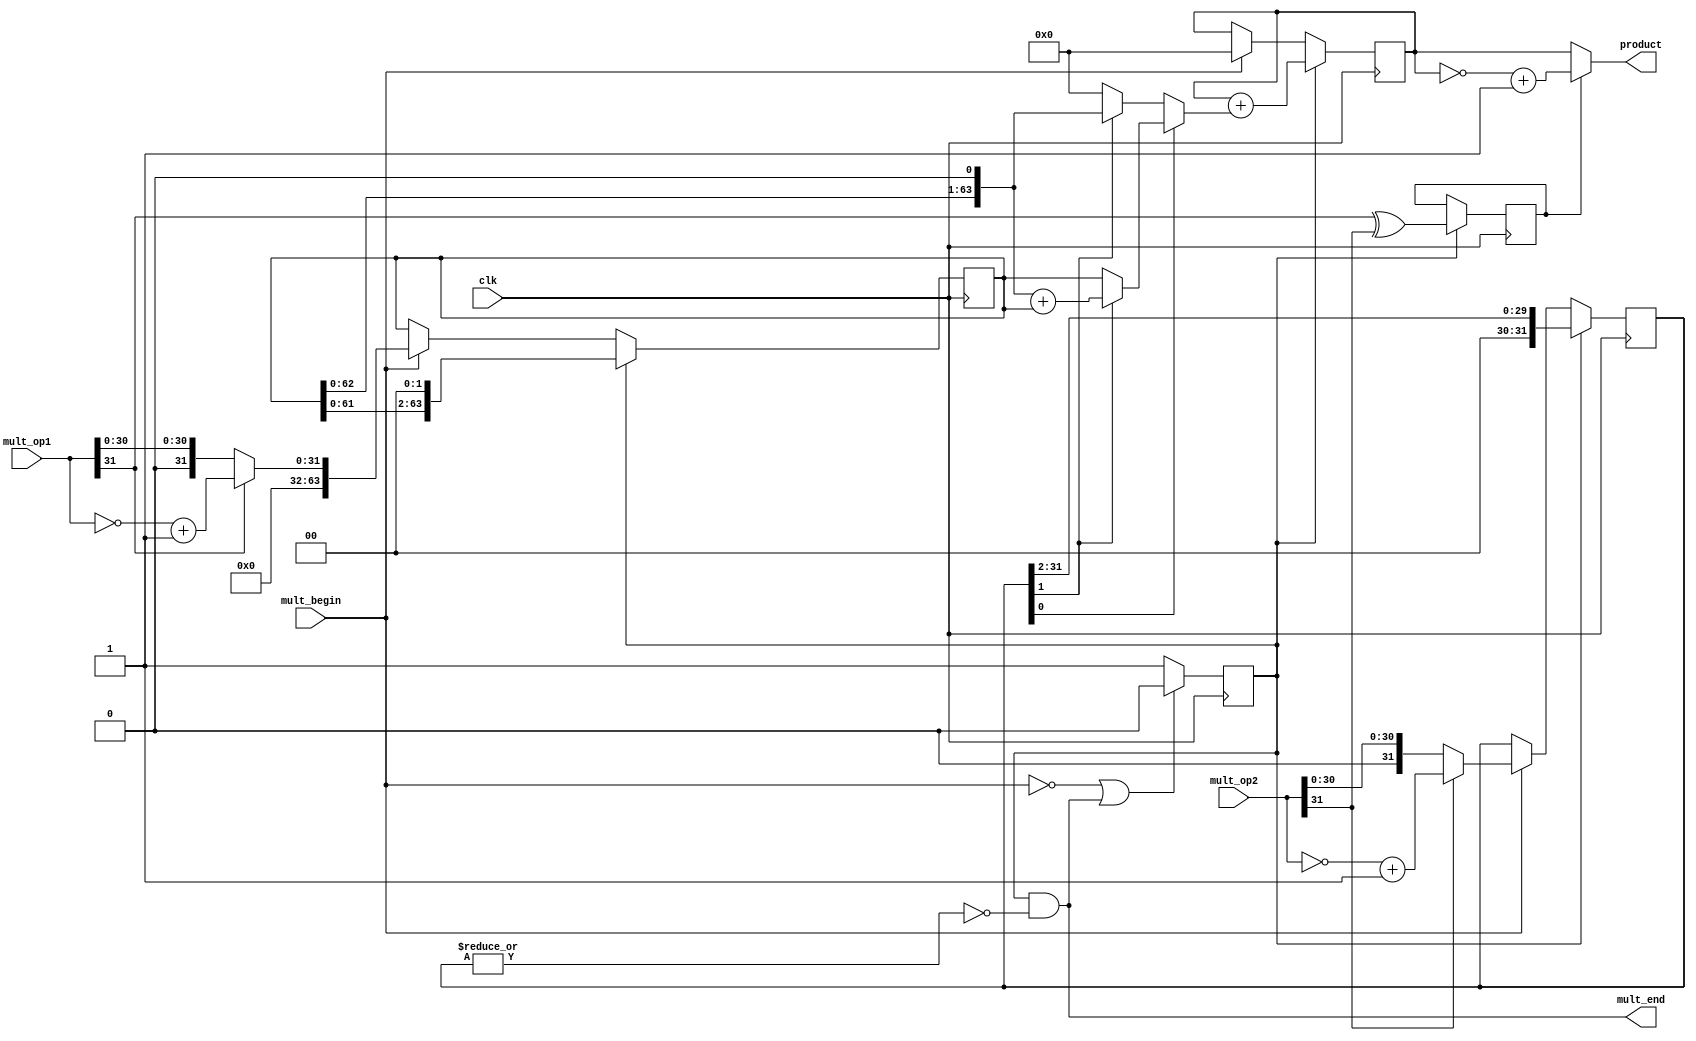
module multiply( // ˷
    input clk, // ʱ
    input mult_begin, // ˷ʼź
    input [31:0] mult_op1, // ˷Դ 1
    input [31:0] mult_op2, // ˷Դ 2
    output [63:0] product, // ˻
    output mult_end // ˷ź
);

//˷źźͽź
reg mult_valid;
assign mult_end = mult_valid & ~(|multiplier); //˷źţȫ0
always @(posedge clk)
begin
    if (!mult_begin || mult_end)
    begin
        mult_valid <= 1'b0;
    end
    else
    begin
        mult_valid <= 1'b1;
    end
end
//ԴȡֵľֵΪ䱾ľֵΪȡ 1
wire op1_sign; // 1 ķλ
wire op2_sign; // 2 ķλ
wire [31:0] op1_absolute; // 1 ľֵ
wire [31:0] op2_absolute; // 2 ľֵ
assign op1_sign = mult_op1[31];
assign op2_sign = mult_op2[31];
assign op1_absolute = op1_sign ? (~mult_op1+1) : mult_op1;
assign op2_absolute = op2_sign ? (~mult_op2+1) : mult_op2;
//رʱÿλ
reg [63:0] multiplicand;
always @ (posedge clk)
begin
    if (mult_valid)
    begin // ڽг˷򱻳ÿʱλ
        multiplicand <= {multiplicand[61:0],2'b0};
    end
    else if (mult_begin)
    begin // ˷ʼرΪ 1 ľֵ
        multiplicand <= {32'd0,op1_absolute};
    end
end
//سʱÿλ
reg [31:0] multiplier;
always @ (posedge clk)
begin
    if (mult_valid)
    begin // ڽг˷ÿʱλ
    multiplier <= {2'b0,multiplier[31:2]};
    end
    else if (mult_begin)
    begin // ˷ʼسΪ 2 ľֵ
        multiplier <= op2_absolute;
    end
end
// ֻ
wire [63:0] partial_product;

assign partial_product = multiplier[0] ? (multiplier[1]?((multiplicand<<1)+multiplicand):multiplicand):(multiplier[1]?multiplicand<<1:64'd0);

//ۼ
reg [63:0] product_temp;
always @ (posedge clk)
begin
    if (mult_valid)
    begin
        product_temp <= product_temp + partial_product;
    end
    else if (mult_begin)
    begin
        product_temp <= 64'd0; // ˷ʼ˻
    end
end
//˷ķλͳ˷
reg product_sign;
always @ (posedge clk) // ˻
begin
    if (mult_valid)
    begin
        product_sign <= op1_sign ^ op2_sign;
    end
end
//˷ΪҪԽȡ+1
assign product = product_sign ? (~product_temp+1) : product_temp;
endmodule